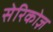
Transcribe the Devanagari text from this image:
सेरिकोज़